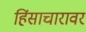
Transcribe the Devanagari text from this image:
हिंसाचारावर